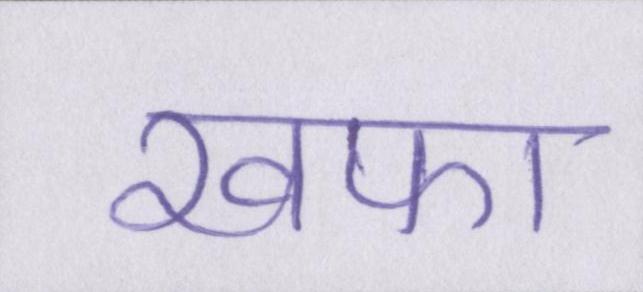
खफा